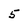
Character: 5